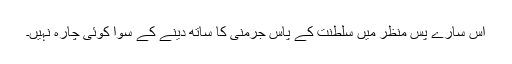
اس سارے پس منظر میں سلطنت کے پاس جرمنی کا ساتھ دینے کے سوا کوئی چارہ نہیں۔